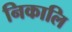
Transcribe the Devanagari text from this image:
निकालि